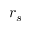
r _ { s }